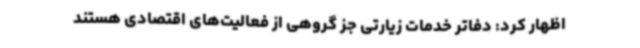
اظهار کرد: دفاتر خدمات زیارتی جز گروهی از فعالیت‌های اقتصادی هستند